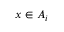
x \in A _ { i }